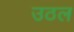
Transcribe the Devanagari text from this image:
उठल